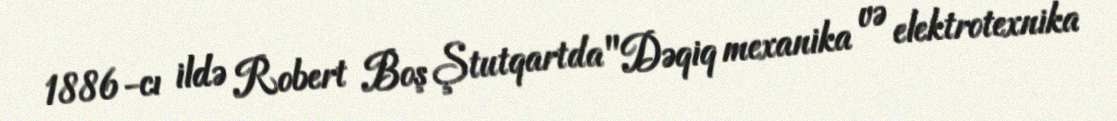
1886-cı ildə Robert Boş Ştutqartda "Dəqiq mexanika və elektrotexnika